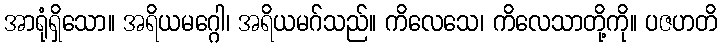
အာရုံရှိသော။ အရိယမဂ္ဂေါ၊ အရိယမဂ်သည်။ ကိလေသေ၊ ကိလေသာတို့ကို။ ပဇဟတိ